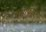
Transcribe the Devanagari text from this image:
गैसीफायर